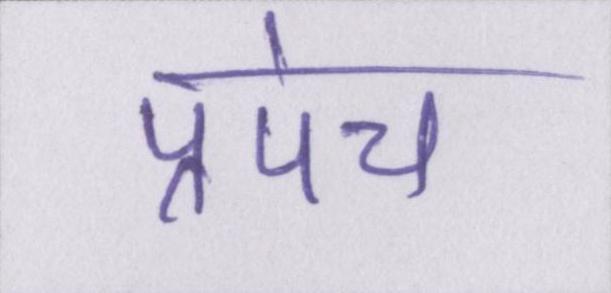
प्रपंच